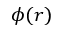
\phi ( r )